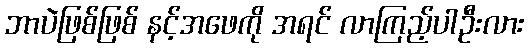
ဘာပဲဖြစ်ဖြစ် နင့်အဖေကို အရင် လာကြည့်ပါဦးလား